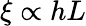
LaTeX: \xi\propto hL